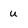
Character: u